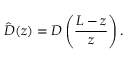
\hat { D } ( z ) = D \left( \frac { L - z } { z } \right) .